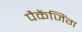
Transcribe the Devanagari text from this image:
पैकेंजिंग